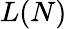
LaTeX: L(N)